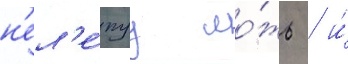
н'ел'е́пуу ло́жь / и́